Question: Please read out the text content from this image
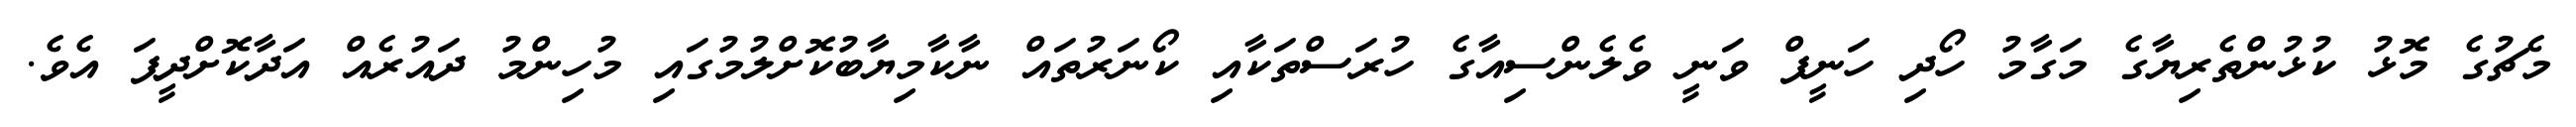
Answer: މެޗުގެ މޮޅު ކުޅުންތެރިޔާގެ މަގާމު ހޯދި ހަނީފް ވަނީ ވެލެންސިއާގެ ހުރަސްތަކާއި ކޯނަރުތައް ނާކާމިޔާބުކޮށްލުމުގައި މުހިންމު ދައުރެއް އަދާކޮށްދީފަ އެވެ.